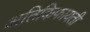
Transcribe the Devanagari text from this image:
अतिकिफायती